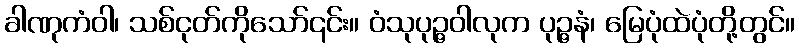
ခါဏုကံဝါ၊ သစ်ငုတ်ကိုသော်၎င်း။ ဝံသုပုဉ္ဇဝါလုက ပုဉ္ဇနံ၊ မြေပုံထဲပုံတို့တွင်။